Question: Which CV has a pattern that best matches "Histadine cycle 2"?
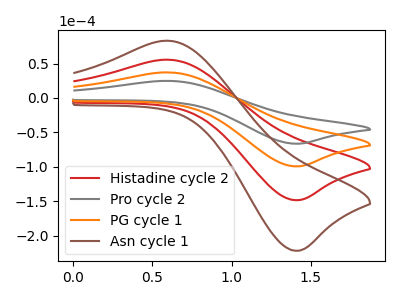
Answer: <think>The red curve "Histadine cycle 2" has an anodic peak at (0.60V, 74.55uA) and a cathodic peak at (1.40V, -198.65uA). The gray curve "Pro cycle 2" has an anodic peak at (0.60V, 24.95uA) and a cathodic peak at (1.40V, -66.45uA). The orange curve "PG cycle 1" has an anodic peak at (0.60V, 37.25uA) and a cathodic peak at (1.40V, -99.35uA). The brown curve "Asn cycle 1" has an anodic peak at (0.60V, 111.80uA) and a cathodic peak at (1.40V, -298.00uA).
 All the peaks in "Histadine cycle 2" have a peak in "Pro cycle 2" at the same potential. Every peak in "Histadine cycle 2" is higher than every peak in "Pro cycle 2". All the peaks in "Histadine cycle 2" have a peak in "PG cycle 1" at the same potential. Every peak in "Histadine cycle 2" is higher than every peak in "PG cycle 1". All the peaks in "Histadine cycle 2" have a peak in "Asn cycle 1" at the same potential. Every peak in "Histadine cycle 2" is lower than every peak in "Asn cycle 1". All the peaks in "Pro cycle 2" have a peak in "PG cycle 1" at the same potential. Every peak in "Pro cycle 2" is lower than every peak in "PG cycle 1". All the peaks in "Pro cycle 2" have a peak in "Asn cycle 1" at the same potential. Every peak in "Pro cycle 2" is lower than every peak in "Asn cycle 1". All the peaks in "PG cycle 1" have a peak in "Asn cycle 1" at the same potential. Every peak in "PG cycle 1" is lower than every peak in "Asn cycle 1".</think>
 <answer>"Histadine cycle 2", "PG cycle 1" and "Asn cycle 1" have a similar shape to "Pro cycle 2".</answer>
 <eval>"Histadine cycle 2" "PG cycle 1" "Asn cycle 1"</eval>